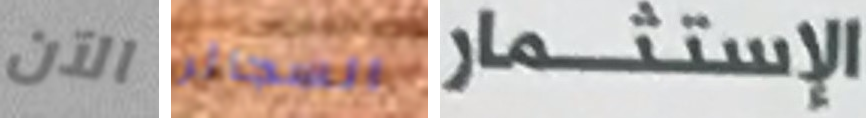
الآن السجائر الإستثمار